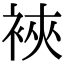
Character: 裌